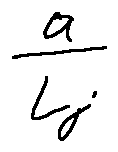
\frac { a } { L _ { j } }